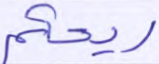
ريحكم